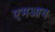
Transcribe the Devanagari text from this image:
एमआय